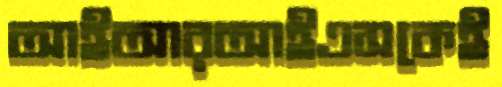
আইআরআইএসকেই